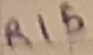
Text: R15